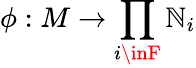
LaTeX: \phi:M\to\prod_{i\inF}\mathbb{N}_{i}